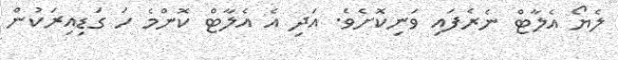
ލެޔޯ އެލާޓް ނެރެފައި ވަނިކޮށެވެ. އަދި އެ އެލާޓް ކޮންމެ ހަ ގަޑިއިރަކުން